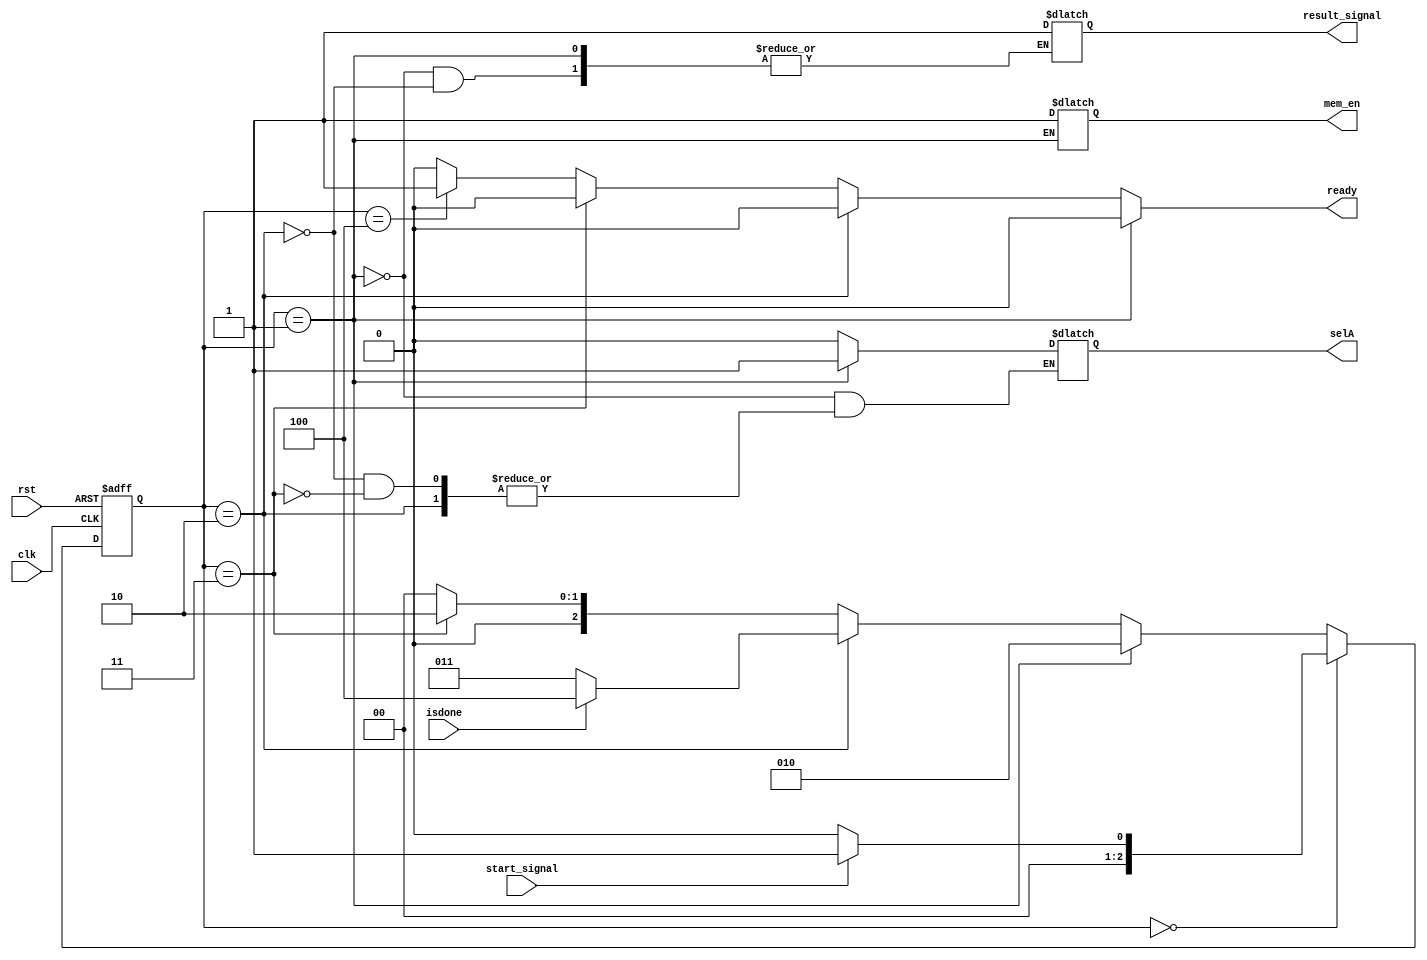
// This program was cloned from: https://github.com/kasrahj/Computer-Aided-Design
// License: MIT License

module Controller (input clk, rst,
                     input start_signal,isdone,
                     output reg ready, mem_en, selA, result_signal);

  wire [2:0] Idle = 3'd0, Init = 3'd1, write = 3'd2, mul = 3'd3, Done = 3'd4;

  reg [2:0] pstate, nstate;

  always @(pstate or start_signal)
  begin
    nstate = Idle;
    case (pstate)
      Idle:
        nstate = start_signal ? Init : Idle;
      Init:
        nstate = write;
      write:
        nstate = isdone ? Done : mul;
      mul:
        nstate = write;
      Done:
        nstate = Idle;
    endcase
  end

  always @(pstate)
  begin
    {ready} = 1'd0;
    case (pstate)
      Init:
        {selA, mem_en} = 2'b11;
      write:
        {result_signal} = 1'b1;
      mul:
        {selA} = 1'b0; 
      Done:
        {ready} = 1'd1;

    endcase
  end

  always @(posedge clk or posedge rst)
  begin
    if (rst)
      pstate <= Idle;
    else
      pstate <= nstate;
  end
endmodule